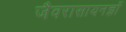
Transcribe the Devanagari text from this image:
जैवरासायनज्ञों